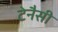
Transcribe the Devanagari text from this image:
टेनैसी